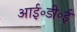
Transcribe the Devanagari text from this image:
आई॰डी॰ई